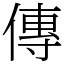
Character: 傳